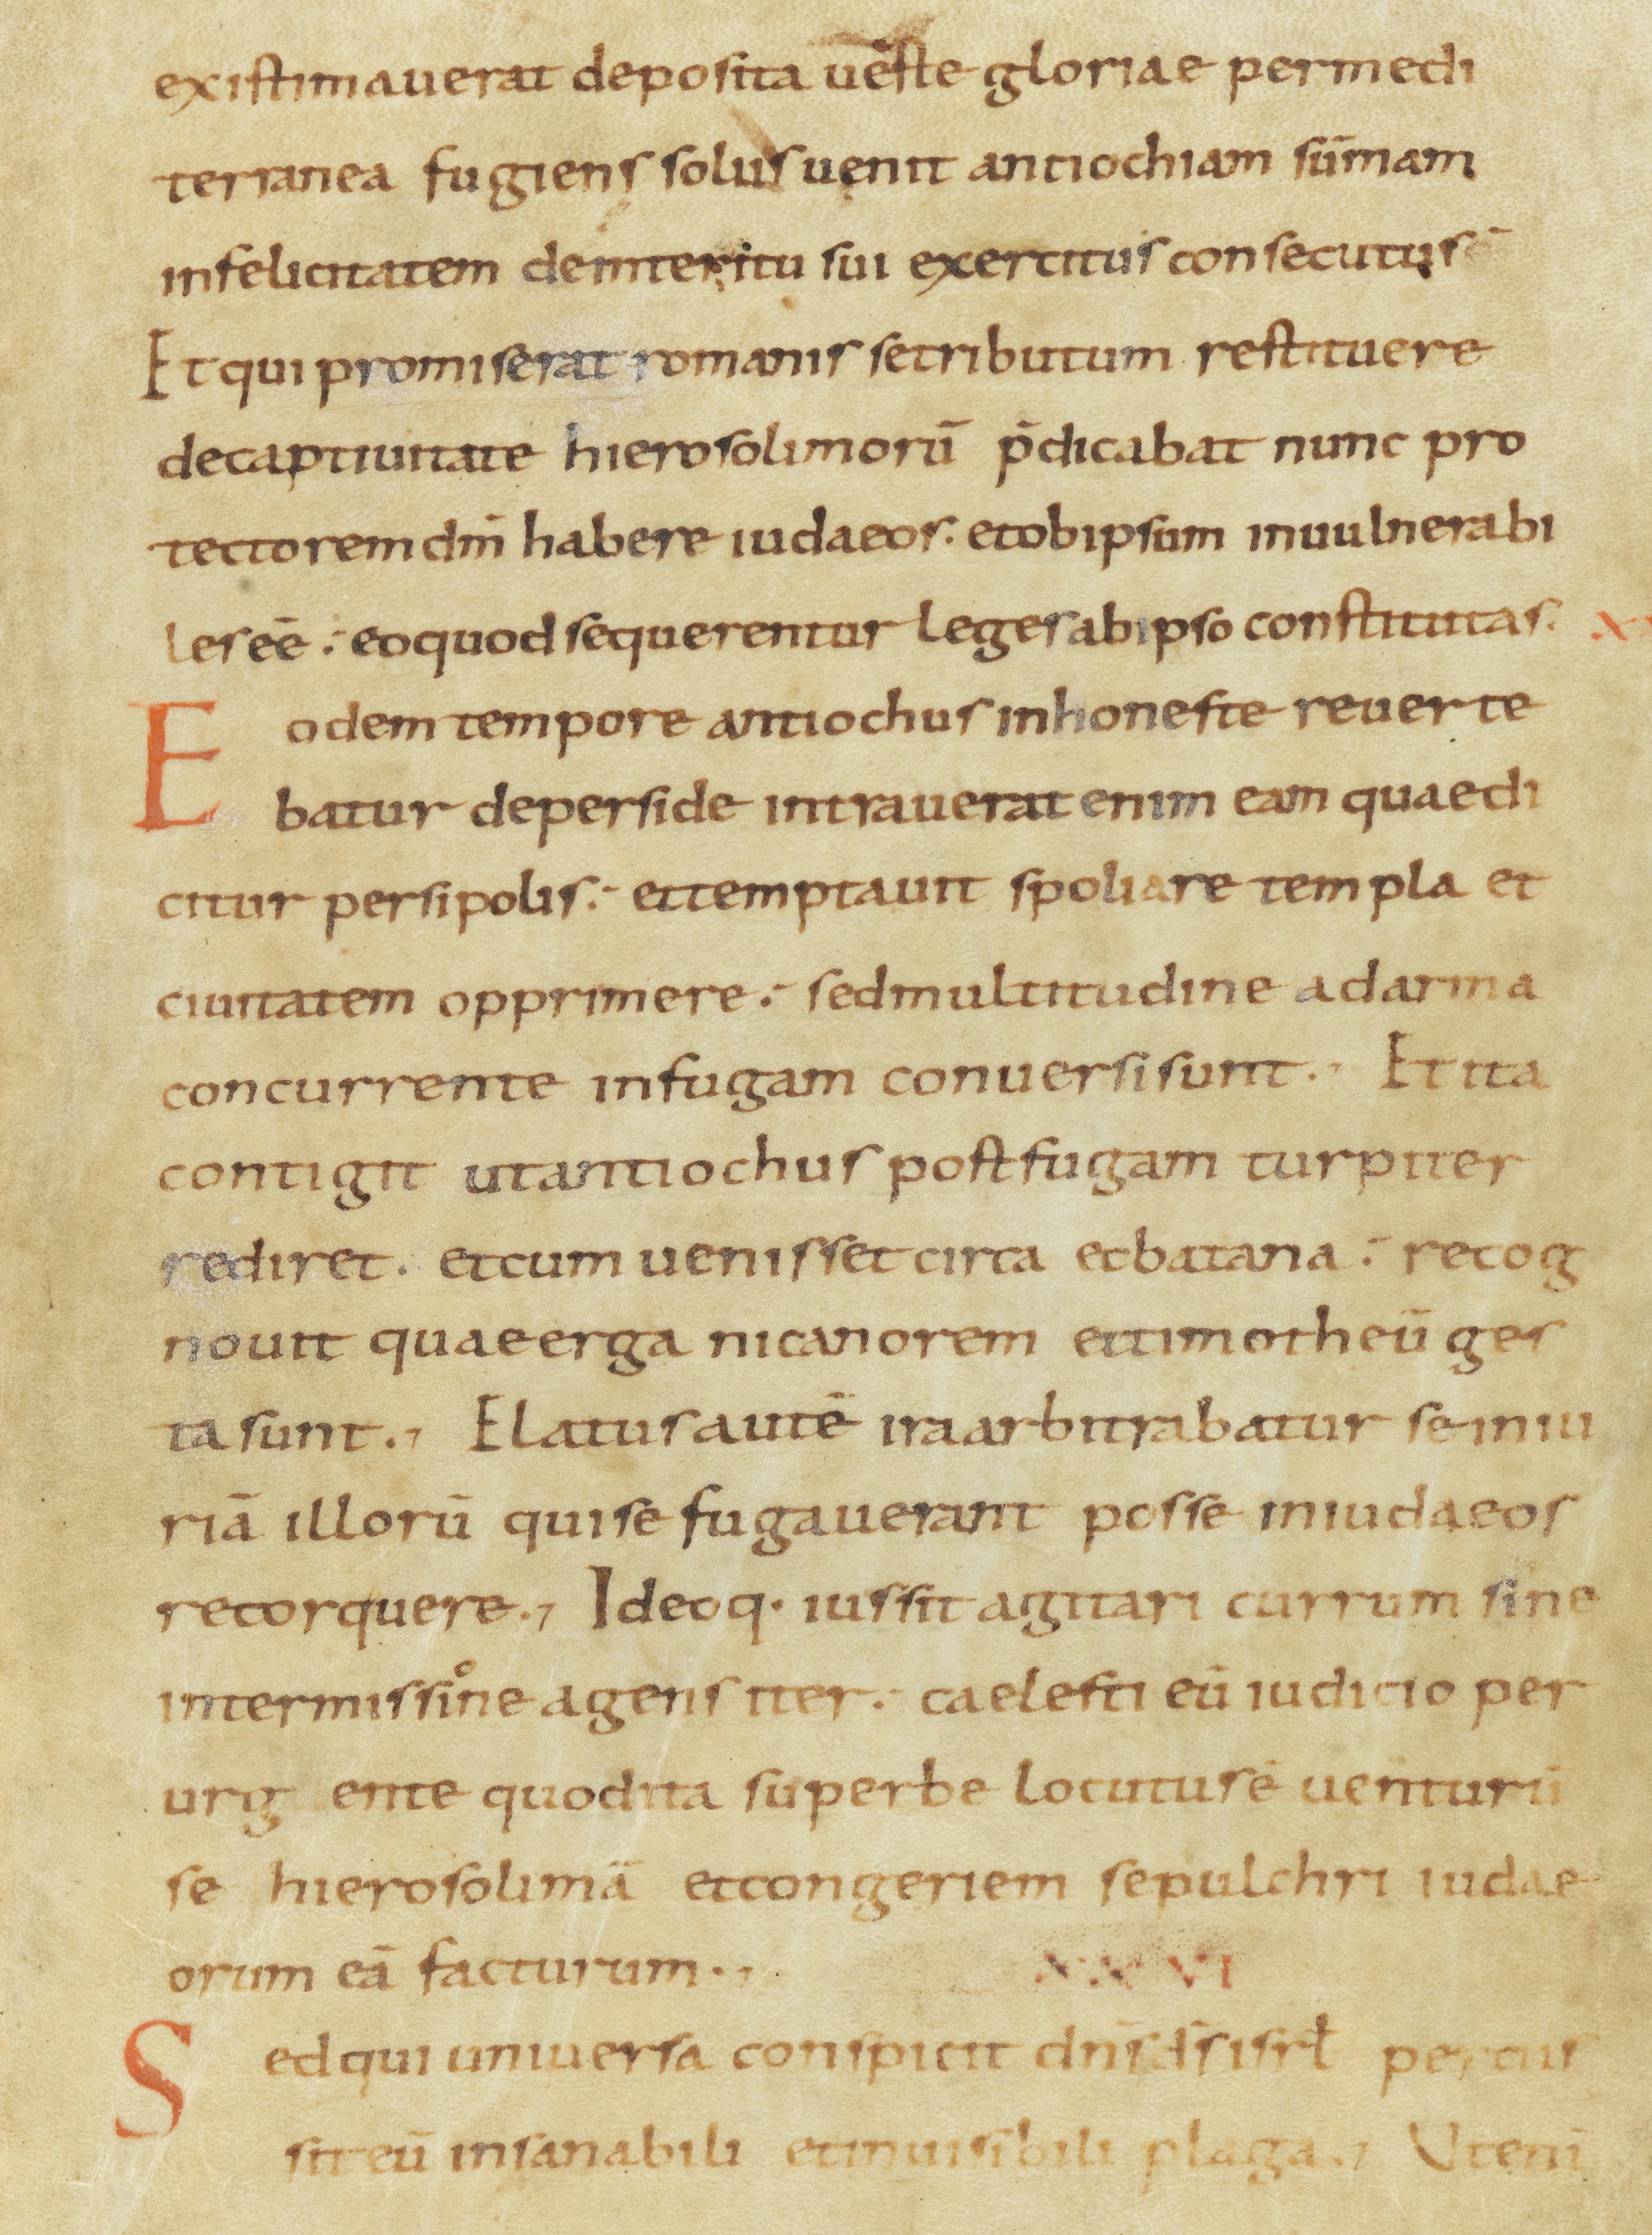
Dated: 800–899